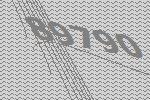
89790